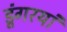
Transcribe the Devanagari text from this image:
डूंगरयां